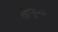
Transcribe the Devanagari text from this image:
श्रीकृष्णः